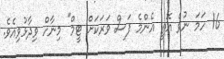
16 ހަމަ ނުވެ އޮތީ އެންމެ ފަސް ވަރަކަށް ޓީމް" މިނާހް ވިދާޅުވިއެވެ.